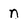
Character: n